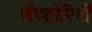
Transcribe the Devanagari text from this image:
सैण्टोरिनी